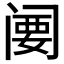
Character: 𬮲